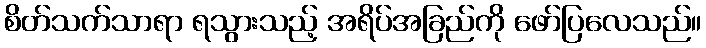
စိတ်သက်သာရာ ရသွားသည့် အရိပ်အခြည်ကို ဖော်ပြလေသည်။